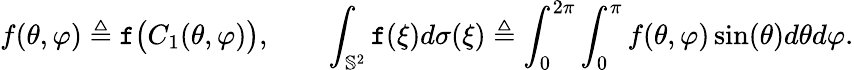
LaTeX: f(\theta,\varphi)\triangleq\mathtt{f}\big(C_{1}(\theta,\varphi)\big),\qquad\int_{\mathbb{S}^{2}}\mathtt{f}(\xi)d\sigma(\xi)\triangleq\int_{0}^{2\pi}\int_{0}^{\pi}f(\theta,\varphi)\sin(\theta)d\theta d\varphi.